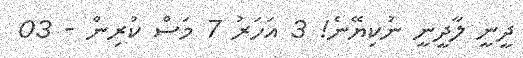
ދީނީ ލާދީނީ ނުކިޔޭނެ! 3 އަހަރު 7 މަސް ކުރިން - 03